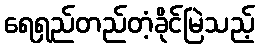
ရေရှည်တည်တံ့ခိုင်မြဲသည့်